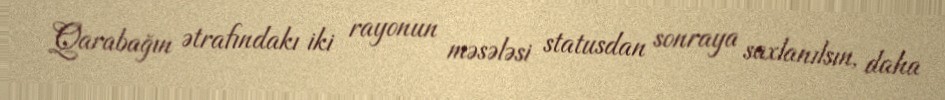
Qarabağın ətrafındakı iki rayonun məsələsi statusdan sonraya saxlanılsın, daha